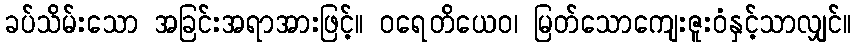
ခပ်သိမ်းသော အခြင်းအရာအားဖြင့်။ ဝရေတိယေဝ၊ မြတ်သောကျေးဇူးဝံနှင့်သာလျှင်။